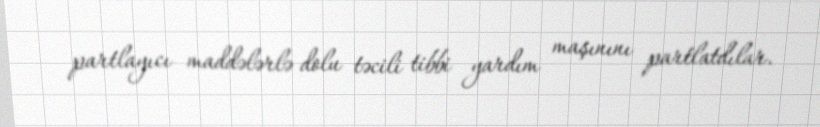
partlayıcı maddələrlə dolu təcili tibbi yardım maşınını partlatdılar.